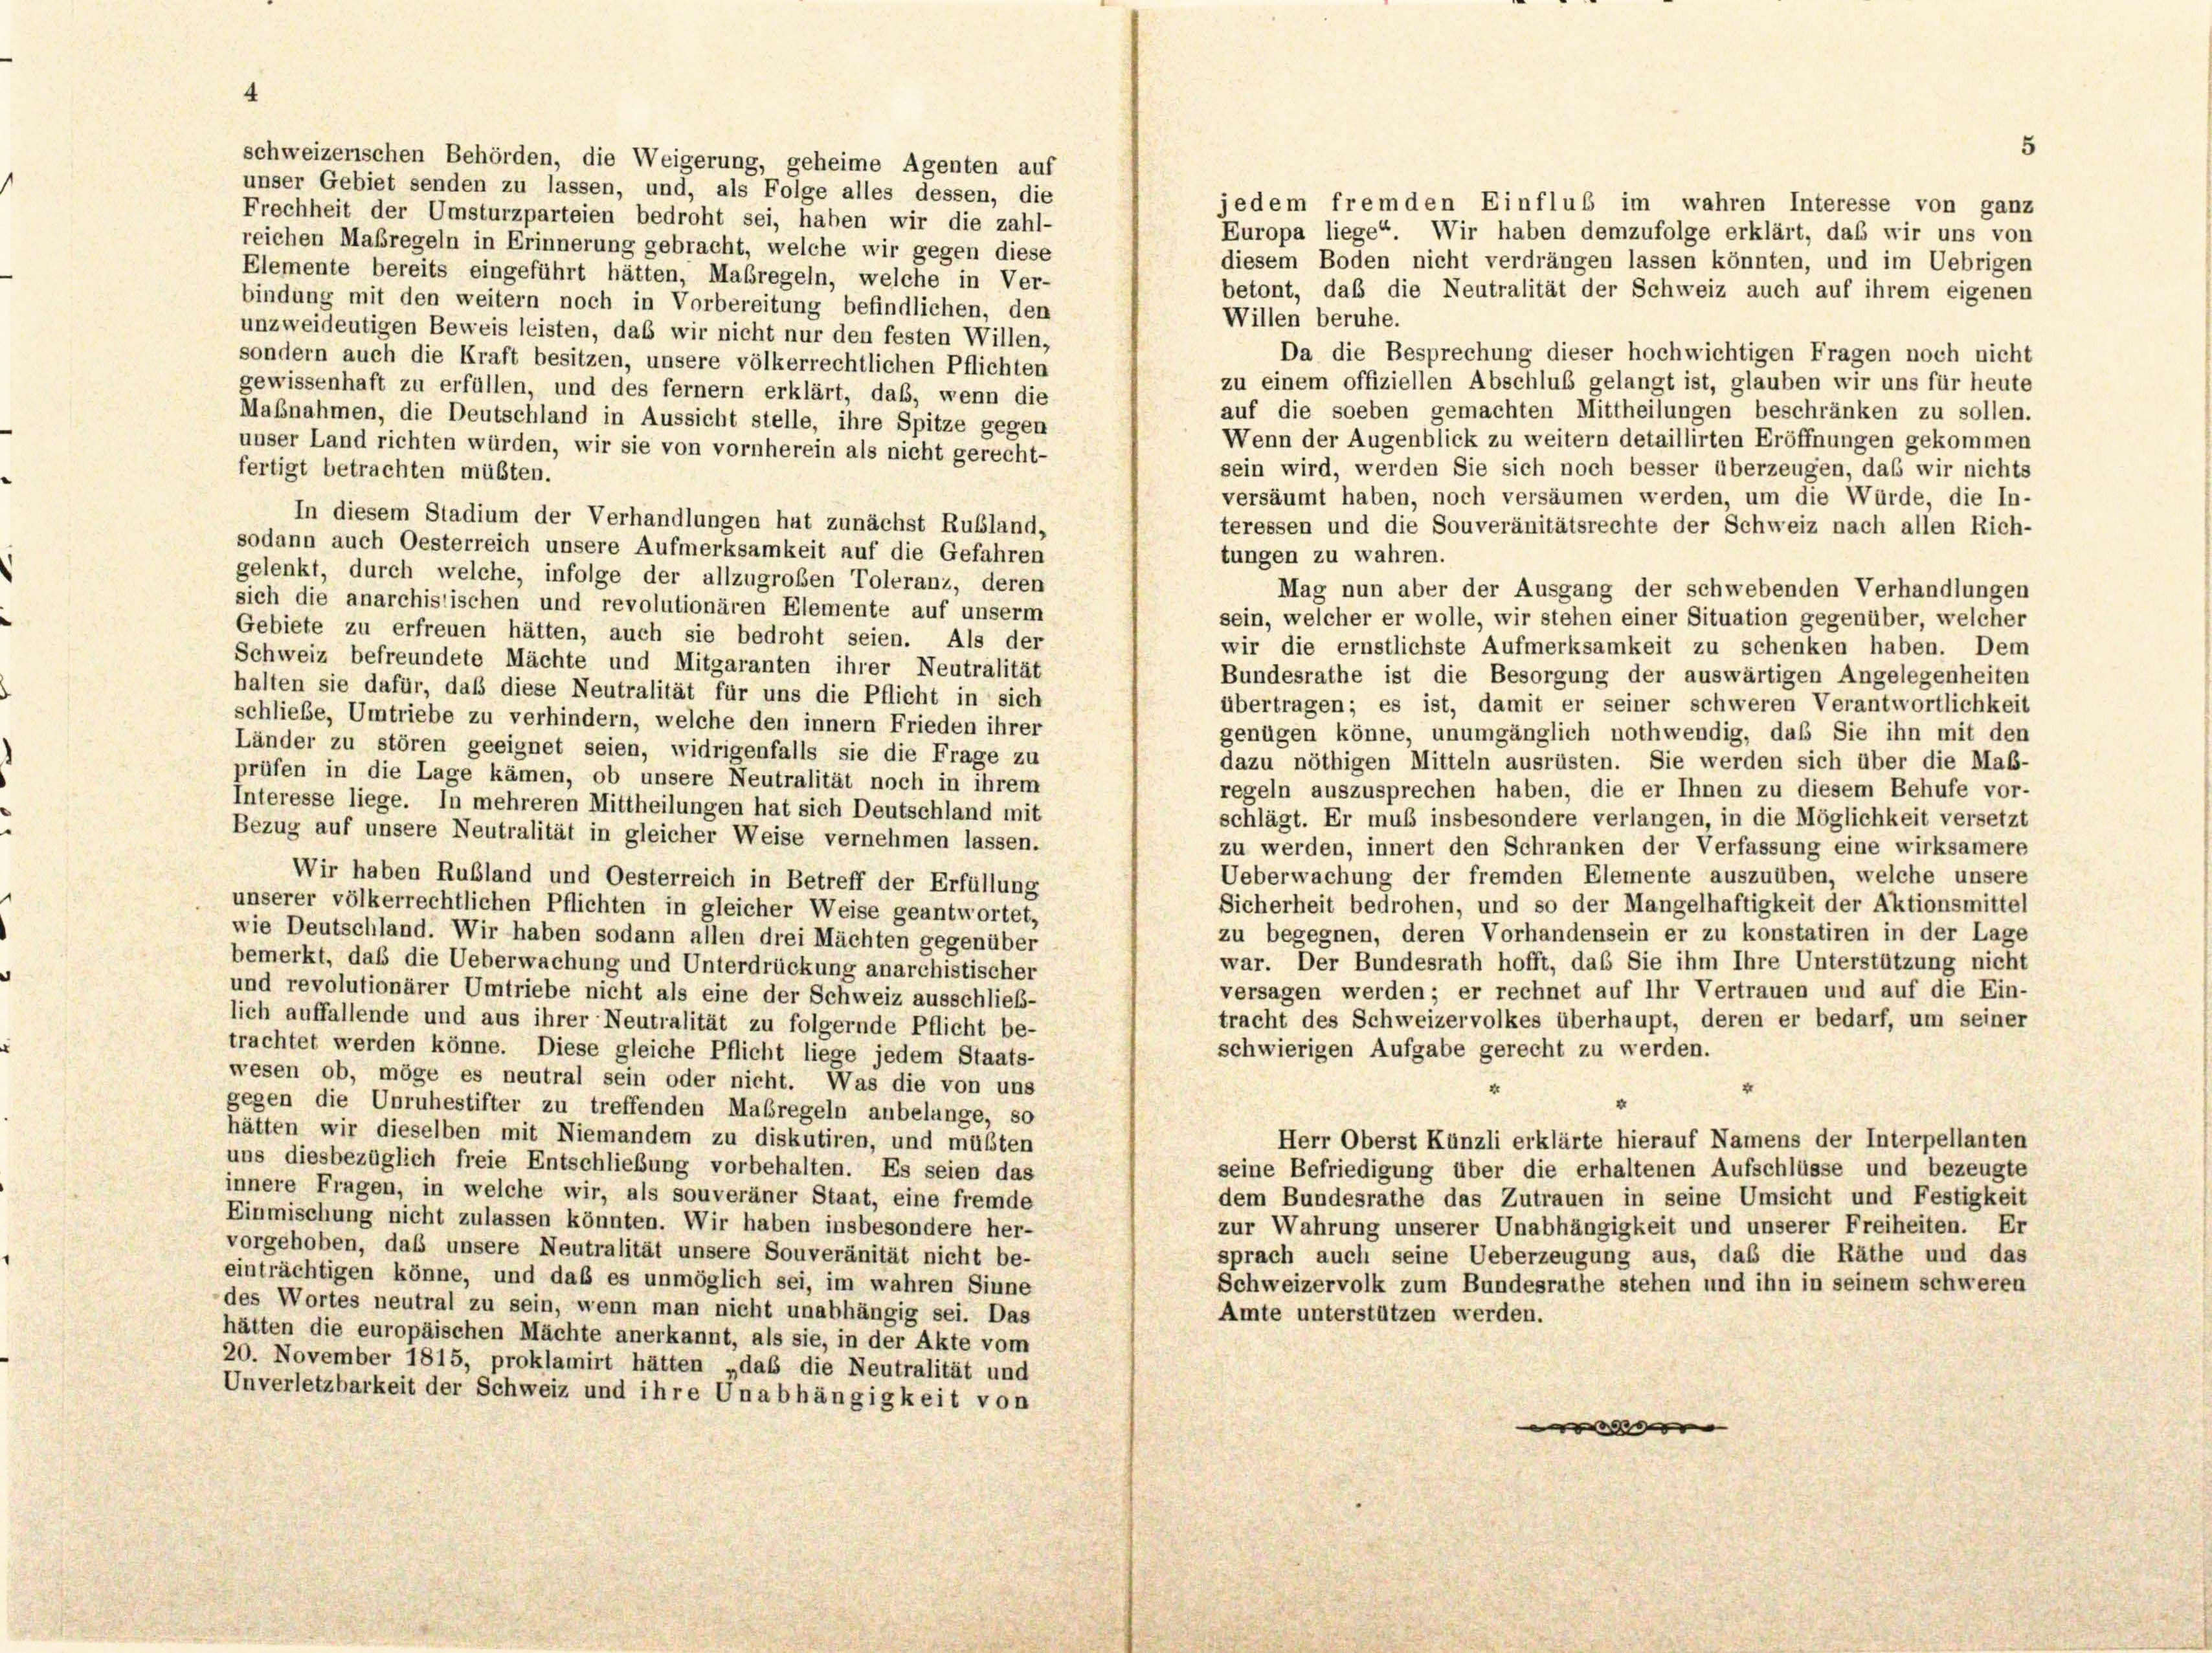
4

schweizerischen Behörden, die Weigerung, geheime Agenten auf
unser Gebiet senden zu lassen, und, als Folge alles dessen, die
jedem fremden Einfluß im wahren Interesse von ganz
Frechheit der Umsturzparteien bedroht sei, haben wir die zahl-
Europa liege“ Wir haben demzufolge erklärt, daß wir uns von
reichen Maßregeln in Erinnerung gebracht, welche wir gegen diese
diesem Boden nicht verdrängen lassen könnten, und im Uebrigen
Elemente bereits eingeführt hätten, Maßregeln, welche in Ver-
betont, daß die Neutralität der Schweiz auch auf ihrem eigenen
bindung mit den weitern noch in Vorbereitung befindlichen, den
Willen beruhe.
unzweideutigen Beweis leisten, daß wir nicht nur den festen Willen,
Da die Besprechung dieser hochwichtigen Fragen noch nicht
sondern auch die Kraft besitzen, unsere völkerrechtlichen Pflichten
zu einem offiziellen Abschluß gelangt ist, glauben wir uns für heute
gewissenhaft zu erfüllen, und des fernem erklärt, daß, wenn die
auf die soeben gemachten Mittheilungen beschränken zu sollen.
Mabnahmen, die Deutschland in Aussicht stelle, ihre Spitze gegen
Wenn der Augenblick zu weitern detaillirten Eröffnungen gekommen
unser Land richten würden, wir sie von vornherein als nicht gerecht-
sein wird, werden Sie sich noch besser überzeugen, daß wir nichts
fertigt betrachten müßten.
versäumt haben, noch versäumen werden, um die Würde, die In-
In diesem Stadium der Verhandlungen hat zunächst Rußland,
teressen und die Souveränitätsrechte der Schweiz nach allen Rich-
sodann auch Oesterreich unsere Aufmerksamkeit auf die Gefahren
tungen zu wahren.
gelenkt, durch welche, infolge der allzugroßen Toleranz, deren
Mag nun aber der Ausgang der schwebenden Verhandlungen
sich die anarchistischen und revolutionären Elemente auf unserm
sein, welcher er wolle, wir stehen einer Situation gegenüber, welcher
Gebiete zu erfreuen hätten, auch sie bedroht seien. Als der
wir die ernstlichste Aufmerksamkeit zu schenken haben. Dem
Schweiz befreundete Mächte und Mitgaranten ihrer Neutralität
Bundesrathe ist die Besorgung der auswärtigen Angelegenheiten
halten sie dafür, daß diese Neutralität für uns die Pflicht in sich
übertragen; es ist, damit er seiner schweren Verantwortlichkeit
schließe, Umtriebe zu verhindern, welche den innern Frieden ihrer
genügen könne, unumgänglich nothwendig, daß Sie ihn mit den
Länder zu stören geeignet seien, widrigenfalls sie die Frage zu
dazu nöthigen Mitteln ausrüsten. Sie werden sich über die Maß-
prüfen in die Lage kämen, ob unsere Neutralität noch in ihrem
regeln auszusprechen haben, die er Ihnen zu diesem Behufe vor-
Interesse liege. In mehreren Mittheilungen hat sich Deutschland mit
schlägt. Er muß insbesondere verlangen, in die Möglichkeit versetzt
Bezug auf unsere Neutralität in gleicher Weise vernehmen lassen.
zu werden, innert den Schranken der Verfassung eine wirksamere
Ueberwachung der fremden Elemente auszuüben, welche unsere
Wir haben Rußland und Oesterreich in Betreff der Erfüllung
Sicherheit bedrohen, und so der Mangelhaftigkeit der Aktionsmittel
unserer völkerrechtlichen Pflichten in gleicher Weise geantwortet,
zu begegnen, deren Vorhandensein er zu konstatiren in der Lage
wie Deutschland. Wir haben sodann allen drei Mächten gegenüber
war. Der Bundesrath hofft, das Sie ihm Ihre Unterstützung nicht
bemerkt, daß die Ueberwachung und Unterdrückung anarchistischer
versagen werden; er rechnet auf Ihr Vertrauen und auf die Ein-
und revolutionärer Umtriebe nicht als eine der Schweiz ausschließ-
tracht des Schweizervolkes überhaupt, deren er bedarf, um seiner
lich auffallende und aus ihrer Neutralität zu folgernde Pflicht be-
trachtet werden könne. Diese gleiche Pflicht liege jedem Staats-
schwierigen Aufgabe gerecht zu werden.
wesen ob, möge es neutral sein oder nicht. Was die von uns
¬
4
gegen die Unruhestifter zu treffenden Maßregeln anbelange, so
hätten wir dieselben mit Niemandem zu diskutiren, und müßten
Herr Oberst Künzli erklärte hierauf Namens der Interpellanten
uns diesbezüglich freie Entschließung vorbehalten. Es seien das
seine Befriedigung über die erhaltenen Aufschlüsse und bezeugte
innere Fragen, in welche wir, als souveräner Staat, eine fremde
dem Bundesrathe das Zutrauen in seine Umsicht und Festigkeit
Einmischung nicht zulassen könnten. Wir haben insbesondere her-
zur Wahrung unserer Unabhängigkeit und unserer Freiheiten. Er
vorgehoben, daß unsere Neutralität unsere Souveränität nicht be-
sprach auch seine Ueberzeugung aus, daß die Räthe und das
einträchtigen könne, und daß es unmöglich sei, im wahren Sinne
Schweizervolk zum Bundesrathe stehen und ihn in seinem schweren
des Wortes neutral zu sein, wenn man nicht unabhängig sei. Das
Amte unterstützen werden.
hätten die europäischen Mächte anerkannt, als sie, in der Akte vom
20. November 1815, proklamirt hätten „das die Neutralität und
Unverletzbarkeit der Schweiz und ihre Unabhängigkeit von
e

5